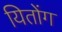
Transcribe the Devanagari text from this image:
यितोंग